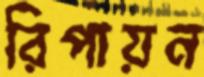
রিপায়ন